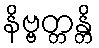
နိဗ္ဗတ္တန္တိ